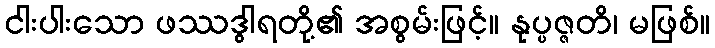
ငါးပါးသော ဖဿဒွါရတို့၏ အစွမ်းဖြင့်။ နုပ္ပဇ္ဇတိ၊ မဖြစ်။